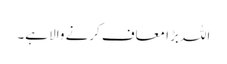
اللہ بڑا معاف کرنے والا ہے۔